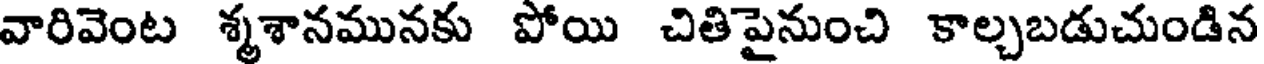
వారివెంట శ్మశానమునకు పోయి చితిపైనుంచి కాల్చబడుచుండిన